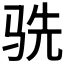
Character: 𬳽